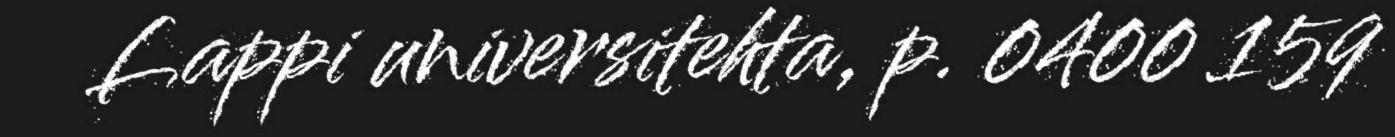
Lappi universitehta, p. 0400 159